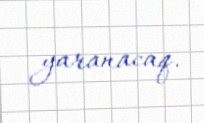
yaranacaq.